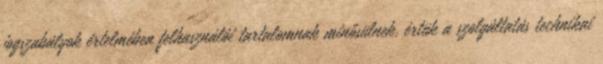
jogszabályok értelmében felhasználói tartalomnak minősülnek, értük a szolgáltatás technikai